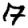
Digit: 7